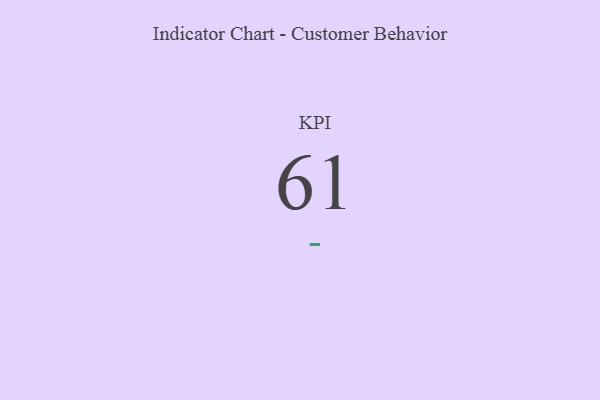
{"axis": {"x": "KPI", "y": "Value"}, "legend": [""], "data": [{"x": "KPI", "y": 61, "type": ""}]}